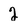
Character: 2